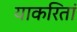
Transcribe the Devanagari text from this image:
याकरितां